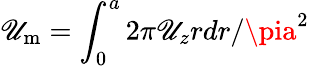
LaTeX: \mathscr{U}_{\mathrm{{{m}}}}=\int_{0}^{a}2\pi\mathscr{U}_{z}rdr/\pia^{2}